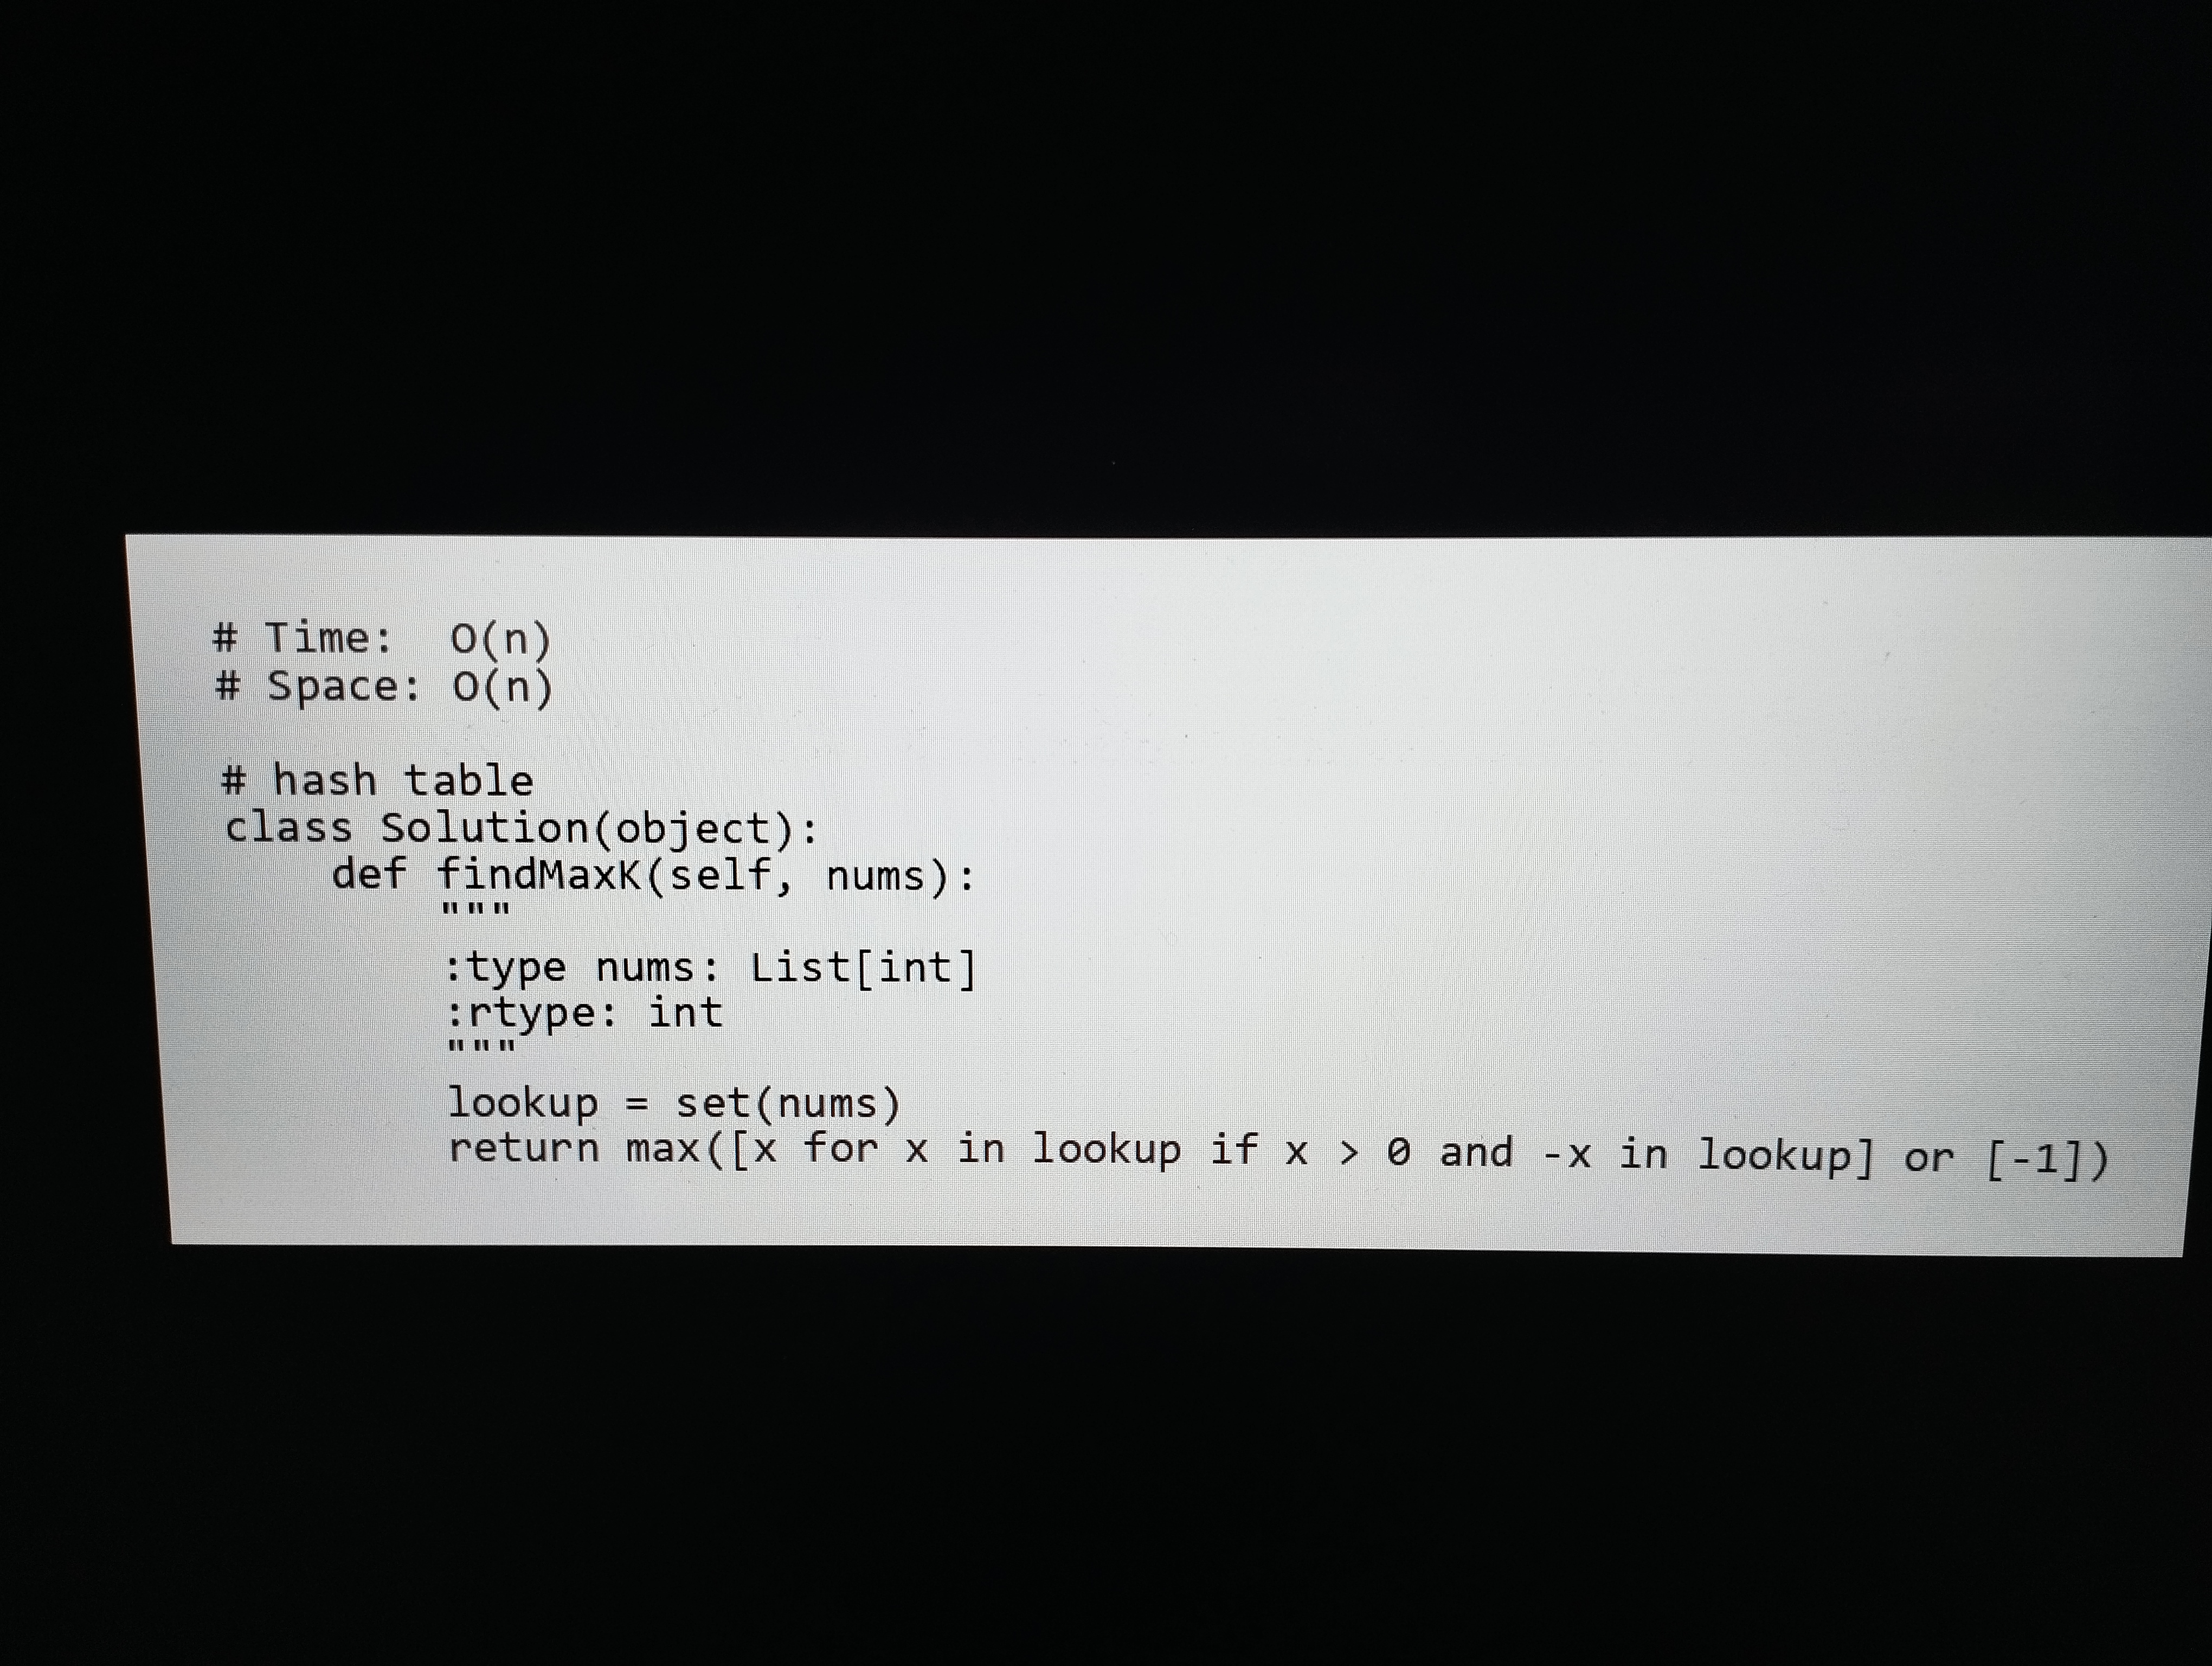
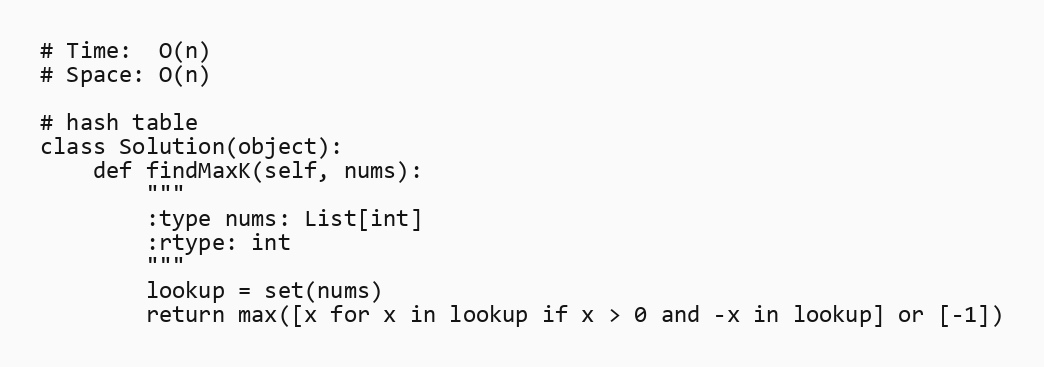
# Time:  O(n)
# Space: O(n)

# hash table
class Solution(object):
    def findMaxK(self, nums):
        """
        :type nums: List[int]
        :rtype: int
        """
        lookup = set(nums)
        return max([x for x in lookup if x > 0 and -x in lookup] or [-1])